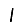
Digit: 1